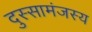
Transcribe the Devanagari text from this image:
दुस्सामंजस्य